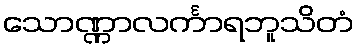
သောဏ္ဏာလင်္ကာရဘူသိတံ